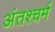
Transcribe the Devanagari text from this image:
अंतश्चर्म